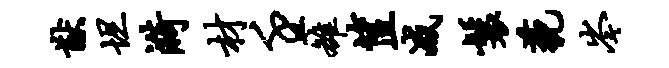
猷坦漪材壬雒筐减鬟藐岑